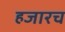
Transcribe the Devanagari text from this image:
हजारच